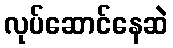
လုပ်ဆောင်နေဆဲ